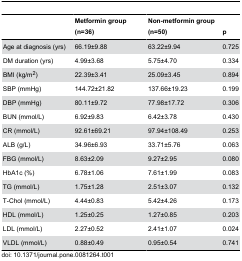
<table><thead><tr><td></td><td><b>Metformin group (n=36)</b></td><td><b>Non-metformin group (n=50)</b></td><td><b>p</b></td></tr></thead><tbody><tr><td>Age at diagnosis (yrs) </td><td>66.19±9.88</td><td>63.22±9.94</td><td>0.725</td></tr><tr><td>DM duration (yrs)</td><td>4.99±3.68</td><td>5.75±4.70</td><td>0.334</td></tr><tr><td>BMI (kg/m<sup>2</sup>)</td><td>22.39±3.41</td><td>25.09±3.45</td><td>0.894</td></tr><tr><td>SBP (mmHg)</td><td>144.72±21.82</td><td>137.66±19.23</td><td>0.199</td></tr><tr><td>DBP (mmHg)</td><td>80.11±9.72</td><td>77.98±17.72</td><td>0.306</td></tr><tr><td>BUN (mmol/L)</td><td>6.92±9.83</td><td>6.42±3.78</td><td>0.430</td></tr><tr><td>CR (mmol/L)</td><td>92.61±69.21</td><td>97.94±108.49</td><td>0.253</td></tr><tr><td>ALB (g/L)</td><td>34.96±6.93</td><td>33.71±5.76</td><td>0.063</td></tr><tr><td>FBG (mmol/L)</td><td>8.63±2.09</td><td>9.27±2.95</td><td>0.080</td></tr><tr><td>HbA1c (%)</td><td>6.78±1.06</td><td>7.61±1.99</td><td>0.083</td></tr><tr><td>TG (mmol/L)</td><td>1.75±1.28</td><td>2.51±3.07</td><td>0.132</td></tr><tr><td>T-Chol (mmol/L)</td><td>4.44±0.83</td><td>5.42±4.26</td><td>0.173</td></tr><tr><td>HDL (mmol/L)</td><td>1.25±0.25</td><td>1.27±0.85</td><td>0.203</td></tr><tr><td>LDL (mmol/L)</td><td>2.27±0.52</td><td>2.41±1.07</td><td>0.024</td></tr><tr><td>VLDL (mmol/L)</td><td>0.88±0.49</td><td>0.95±0.54</td><td>0.741</td></tr></tbody></table>